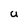
Character: U